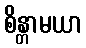
စိန္တာမယာ